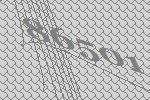
86501